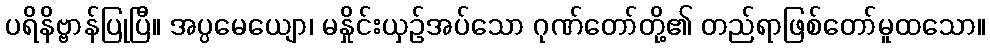
ပရိနိဗ္ဗာန်ပြုပြီ။ အပ္ပမေယျော၊ မနှိုင်းယှဉ်အပ်သော ဂုဏ်တော်တို့၏ တည်ရာဖြစ်တော်မူထသော။